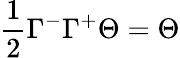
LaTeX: \frac{1}{2}\Gamma^{-}\Gamma^{+}\Theta=\Theta